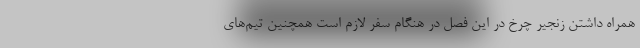
همراه داشتن زنجیر چرخ در این فصل در هنگام سفر لازم است همچنین تیم‌های